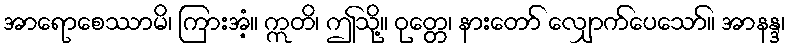
အာရောစေဿာမိ၊ ကြားအံ့။ ဣတိ၊ ဤသို့။ ဝုတ္တေ၊ နားတော် လျှောက်ပေသော်။ အာနန္ဒ၊